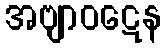
အဗျာဝဋေန